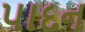
પાદન